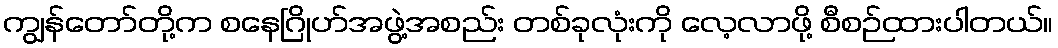
ကျွန်တော်တို့က စနေဂြိုဟ်အဖွဲ့အစည်း တစ်ခုလုံးကို လေ့လာဖို့ စီစဉ်ထားပါတယ်။